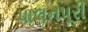
પાલનપૂરી